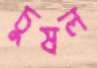
চুষল